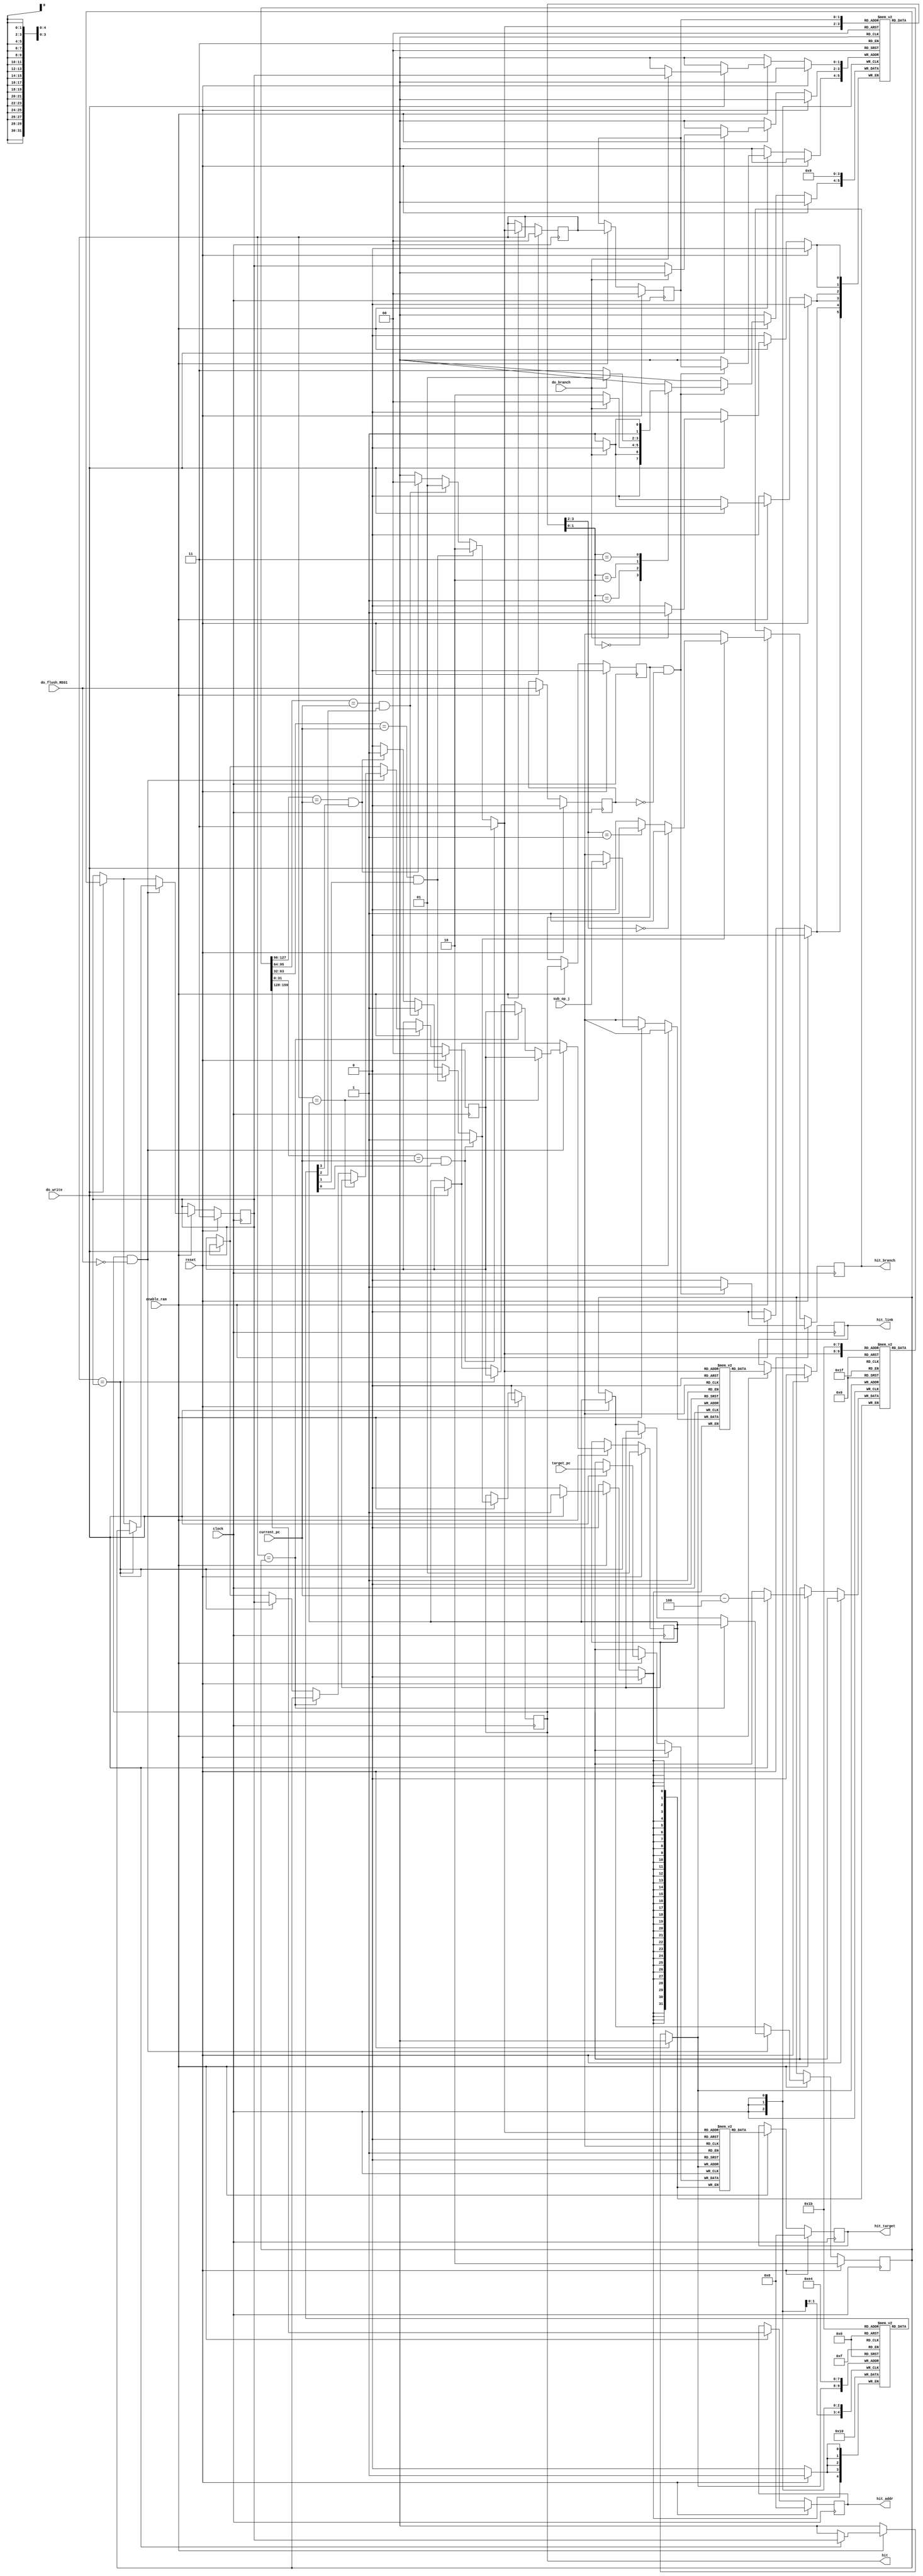
`define PRI3 ram_pri[3]
`define PRI2 ram_pri[2]
`define PRI1 ram_pri[1]
`define PRI0 ram_pri[0]
module ram_pc(
	clock,
	reset,
	enable_ram,
	do_write,
	current_pc,
	target_pc,
	do_branch,
	sub_op_j,
	do_flush_REG1,
	hit_addr,
	hit_target,
	hit_branch,
	hit_link,
	hit
);
	input  clock;
	input  reset;
	input  enable_ram;
	input  do_write;
	input  [31:0] current_pc;
	input  [31:0] target_pc;
	input  do_branch;
	input  sub_op_j;
	input  do_flush_REG1;

	output [31:0] hit_addr;
	output [31:0] hit_target;
	output hit_branch;
	output hit_link;
	output hit;
	reg    [31:0] hit_addr;
	reg    [31:0] hit_target;
	reg    hit_branch;
	reg    hit_link;
	reg    hit;

	reg [31:0] ram_addr   [3:0];
	reg [31:0] ram_target [3:0];
	reg ram_link  [3:0];
	reg ram_valid [3:0];
	reg [ 1:0] ram_state  [3:0];
	reg [ 1:0] ram_pri    [3:0];

	reg [ 1:0] next_state;
	reg [ 1:0] hit_num;

	reg _hit_branch;
	reg [ 1:0] _hit_num;
	reg _hit;

	reg xdo_flush_REG1;
	reg [ 1:0] xhit_num;
	reg xhit;

	reg [ 2:0] i;

	parameter STATE_MBRANCH	   =2'b00;
	parameter STATE_SBRANCH	   =2'b01;
	parameter STATE_SNONBRANCH =2'b10;
	parameter STATE_MNONBRANCH =2'b11;

	always@(negedge clock)begin
		if(reset)begin
			for(i=0;i<4;i=i+1) ram_valid[i]<=1'b0;
			ram_pri[0]<=2'd0;
			ram_pri[1]<=2'd1;
			ram_pri[2]<=2'd2;
			ram_pri[3]<=2'd3;
			xdo_flush_REG1<=1'b0;
		end
		else if(enable_ram)begin
			if(do_write)begin
				ram_addr[`PRI3]  <=current_pc-4;
				ram_target[`PRI3]<=target_pc;
				ram_link[`PRI3]  <=sub_op_j;
				ram_valid[`PRI3] <=1'b1;
				if(do_branch) ram_state[`PRI3]<=STATE_SBRANCH;
				else	      ram_state[`PRI3]<=STATE_SNONBRANCH;
				ram_pri[0]<=ram_pri[3];
				ram_pri[1]<=ram_pri[0];
				ram_pri[2]<=ram_pri[1];
				ram_pri[3]<=ram_pri[2];
			end
			if( (hit)&&(!do_flush_REG1))begin
				if(hit_num==`PRI3)begin
					ram_pri[0]<=ram_pri[3];
					ram_pri[1]<=ram_pri[0];
					ram_pri[2]<=ram_pri[1];
					ram_pri[3]<=ram_pri[2];
				end
				if(hit_num==`PRI2)begin
					ram_pri[0]<=ram_pri[2];
					ram_pri[1]<=ram_pri[0];
					ram_pri[2]<=ram_pri[1];
				end
				if(hit_num==`PRI1)begin
					ram_pri[0]<=ram_pri[1];
					ram_pri[1]<=ram_pri[0];
				end
				if(hit_num==`PRI0)begin
				end
			end
			if( (xhit)&&(!xdo_flush_REG1) )begin
				ram_state[xhit_num]<=next_state;
			end
			xdo_flush_REG1<=do_flush_REG1;
		end
	end
	always@(posedge clock)begin
		if(reset)begin
			hit_addr  <=32'b0;
			hit_target<=32'b0;
			hit_branch<= 1'b0;
			hit_link  <= 1'b0;
			hit_num   <= 2'b0;
			hit	  <= 1'b0;
			xhit_num  <= 2'b0;
			xhit      <= 1'b0;
		end
		else if(enable_ram)begin
			hit_addr  <=ram_addr[_hit_num];
			hit_target<=ram_target[_hit_num];
			hit_branch<=_hit_branch;
			hit_link  <=ram_link[_hit_num];
			hit_num   <=_hit_num;
			hit	  <=_hit;
			xhit_num  <=hit_num;
			xhit      <=hit;
		end
	end
	always@(*)begin
		_hit=1'b0;
		_hit_num=2'dx;
		_hit_branch=1'bx;
		if(ram_addr[0]==current_pc&&ram_valid[0]) begin _hit=1'b1; _hit_num=2'd0; end
		if(ram_addr[1]==current_pc&&ram_valid[1]) begin _hit=1'b1; _hit_num=2'd1; end
		if(ram_addr[2]==current_pc&&ram_valid[2]) begin _hit=1'b1; _hit_num=2'd2; end
		if(ram_addr[3]==current_pc&&ram_valid[3]) begin _hit=1'b1; _hit_num=2'd3; end
		if(_hit)begin
			if(     ram_state[_hit_num]==STATE_MBRANCH) _hit_branch=1'b1;
			else if(ram_state[_hit_num]==STATE_SBRANCH) _hit_branch=1'b1;
			else 					    _hit_branch=1'b0;
		end
	end
	always@(*)begin
		case(ram_state[xhit_num])
			STATE_MBRANCH:   if(do_branch) next_state=STATE_MBRANCH;    else next_state=STATE_SBRANCH;
			STATE_SBRANCH:   if(do_branch) next_state=STATE_MBRANCH;    else next_state=STATE_SNONBRANCH;
			STATE_SNONBRANCH:if(do_branch) next_state=STATE_SBRANCH;    else next_state=STATE_MNONBRANCH;
			STATE_MNONBRANCH:if(do_branch) next_state=STATE_SNONBRANCH; else next_state=STATE_MNONBRANCH;
			default: next_state=STATE_SBRANCH;
		endcase
	end
endmodule